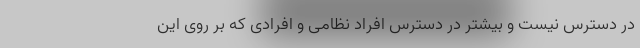
در دسترس نیست و بیشتر در دسترس افراد نظامی و افرادی که بر روی این